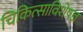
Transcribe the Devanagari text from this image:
चिकित्साविशेषज्ञ